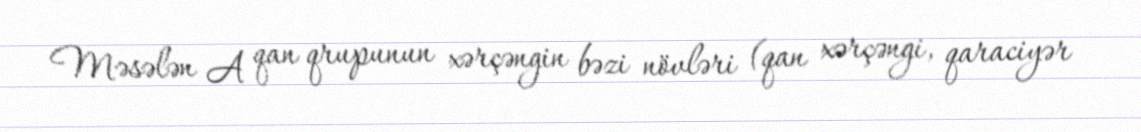
Məsələn A qan qrupunun xərçəngin bəzi növləri (qan xərçəngi, qaraciyər